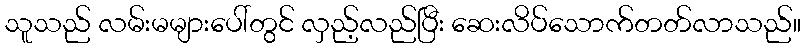
သူသည် လမ်းမများပေါ်တွင် လှည့်လည်ပြီး ဆေးလိပ်သောက်တတ်လာသည်။